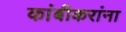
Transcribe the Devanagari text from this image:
कांबीकरांना